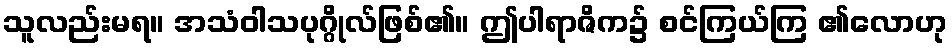
သူလည်းမရ။ အသံဝါသပုဂ္ဂိုလ်ဖြစ်၏။ ဤပါရာဇိက၌ စင်ကြယ်ကြ ၏လောဟု